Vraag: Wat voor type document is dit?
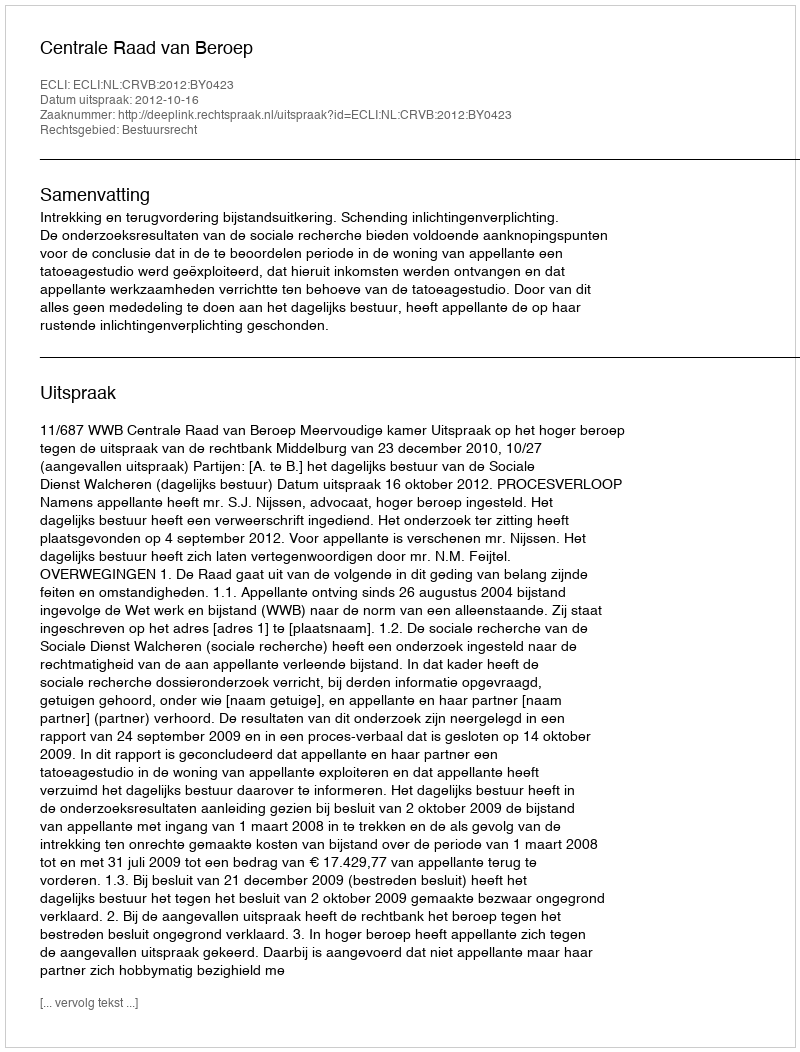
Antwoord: Uitspraak